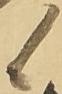
候